Vaccination in Bombay 1856-1862 - 1856-1862
Year: 1856
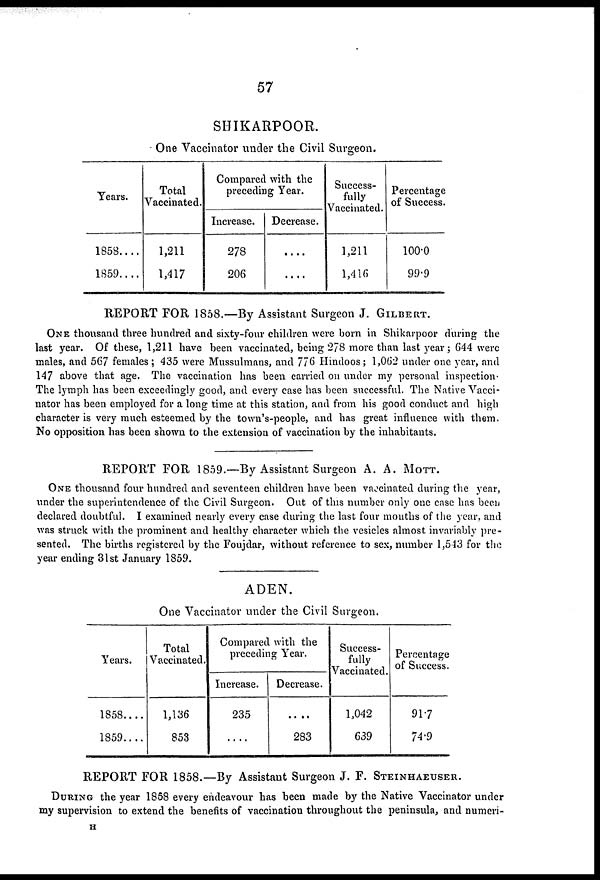
57
SHIKARPOOR.
One Vaccinator under the Civil Surgeon.
Years.
1858....
1859....
Total
Vaccinated.
1,211
1,417
Compared with the
preceding Year.
Increase.
278
206
Decrease.
....
....
Success-
fully
Vaccinated.
1,211
1,416
Percentage
of Success.
100.0
99.9
REPORT FOR 1858.—By Assistant Surgeon J. GILBERT.
ONE thousand three hundred and sixty-four children were born in Shikarpoor during the
last year. Of these, 1,211 have been vaccinated, being 278 more than last year; 644 were
males, and 567 females ; 435 were Mussulmans, and 776 Hindoos; 1,062 under one year, and
147 above that age. The vaccination has been carried on under my personal inspection.
The lymph has been exceedingly good, and every case has been successful. The Native Vacci-
nator has been employed for a long time at this station, and from his good conduct and high
character is very much esteemed by the town's-people, and has great influence with them.
No opposition has been shown to the extension of vaccination by the inhabitants.
REPORT FOR 1859.—By Assistant Surgeon A. A. MOTT.
ONE thousand four hundred and seventeen children have been vaccinated during the year,
under the superintendence of the Civil Surgeon. Out of this number only one case has been
declared doubtful. I examined nearly every case during the last four months of the year, and
was struck with the prominent and healthy character which the vesicles almost invariably pre-
sented. The births registered by the Foujdar, without reference to sex, number 1,543 for the
year ending 31st January 1859.
ADEN.
One Vaccinator under the Civil Surgeon.
Years.
1858....
1859....
Total
Vaccinated.
1,136
853
Compared with the
preceding Year.
Increase.
235
....
Decrease.
....
283
Success-
fully
Vaccinated.
1,042
639
Percentage
of Success.
91.7
74.9
REPORT FOR 1858.—By Assistant Surgeon J. F. STEINHAEUSER.
DURING the year 1858 every endeavour has been made by the Native Vaccinator under
my supervision to extend the benefits of vaccination throughout the peninsula, and numeri-
H